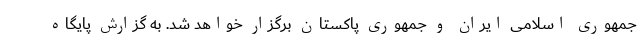
جمهوری اسلامی ایران و جمهوری پاکستان برگزار خواهد شد. به گزارش پایگاه